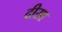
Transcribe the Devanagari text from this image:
दीसा